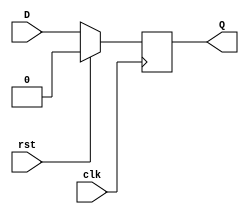
module dff_sync_high_reset (
  clk,
  rst,
  D,
  Q);
  
  parameter DATA_WIDTH = 1;
  
  input                   clk;
  input                   rst;
  input  [DATA_WIDTH-1:0] D;
  output [DATA_WIDTH-1:0] Q;
  
  wire                    clk;
  wire                    rst;
  wire   [DATA_WIDTH-1:0] D;
  reg    [DATA_WIDTH-1:0] Q;
  
  always@(posedge clk)
  begin
    if(rst==1'b1) // active high reset 
      begin
        Q <= 0;
      end
    else
      begin
        Q <= D;
      end
  end
endmodule